Madras plague regulations and rules - Volume 2
Disease focus: Plague
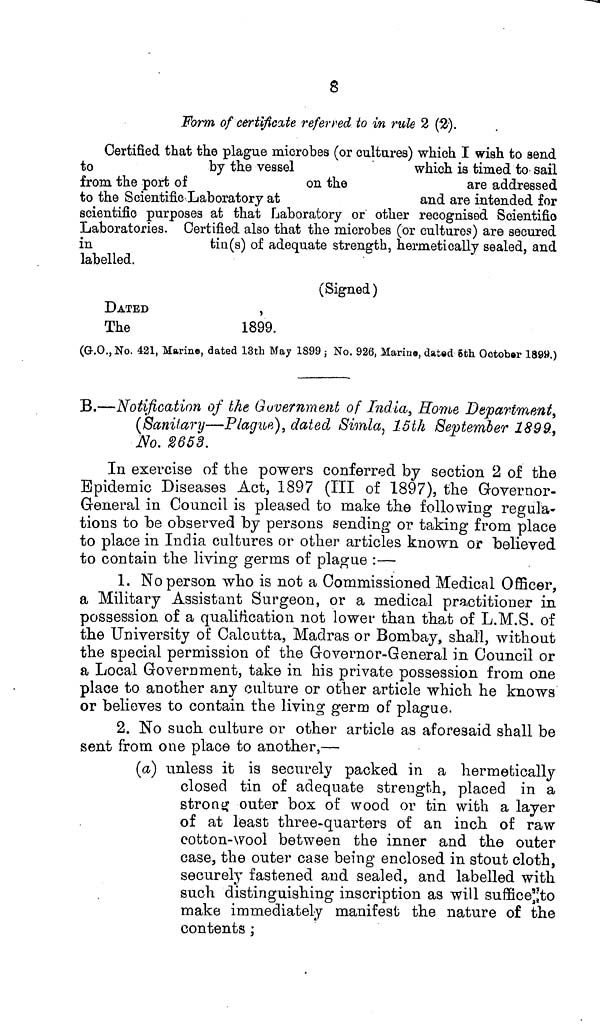
8
Form of certificate referred to in rule 2 (2).
Certified that the plague microbes (or cultures) which I wish to send
to
by the vessel
which is timed to sail
from the port of
on the
are addressed
to the Scientific Laboratory at
and are intended for
scientific purposes at that Laboratory or other recognised Scientific
Laboratories. Certified also that the microbes (or cultures) are secured
in
tin(s) of adequate strength, hermetically sealed, and
labelled.
(Signed)
DATED
The
1899.
(G.O., No 421, Marine, dated 13th May 1899 , No. 926, Marine, dated 5th October 1899.)
B.—Notification of the Government of India, Home Department,
(Sanitary—Plague), dated Simla, 15th September 1899,
No. 2653.
In exercise of the powers conferred by section 2 of the
Epidemic Diseases Act, 1897 (III of 1897), the Governor-
General in Council is pleased to make the following regula-
tions to be observed by persons sending or taking from place
to place in India cultures or other articles known or believed
to contain the living germs of plague :—
1. No person who is not a Commissioned Medical Officer,
a Military Assistant Surgeon, or a medical practitioner in
possession of a qualification not lower than that of L.M.S. of
the University of Calcutta, Madras or Bombay, shall, without
the special permission of the Grovernor-General in Council or
a Local Government, take in his private possession from one
place to another any culture or other article which he knows
or believes to contain the living germ of plague.
2. No such culture or other article as aforesaid shall be
sent from one place to another,—
(a) unless it is securely packed in a hermetically
closed tin of adequate strength, placed in a
strong outer box of wood or tin with a layer
of at least three-quarters of an inch of raw
cotton-wool between the inner and the outer
case, the outer case being enclosed in stout cloth,
securely fastened and sealed, and labelled with
such distinguishing inscription as will suffice to
make immediately manifest the nature of the
contents ;